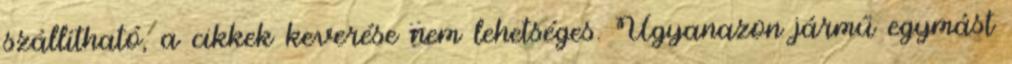
szállítható, a cikkek keverése nem lehetséges. Ugyanazon jármű egymást